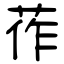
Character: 莋